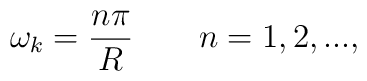
\omega_k=\frac{n\pi}{R} \qquad n=1,2,...,